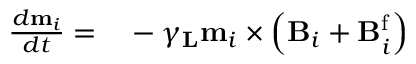
\begin{array} { r l } { \frac { d \mathbf { m } _ { i } } { d t } = } & { { } - \gamma _ { \mathbf { L } } \mathbf { m } _ { i } \times \left( \mathbf { B } _ { i } + \mathbf { B } _ { i } ^ { \mathrm { f } } \right) } \end{array}